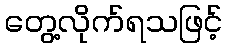
တွေ့လိုက်ရသဖြင့်